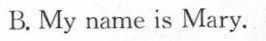
B. My name is Mary.